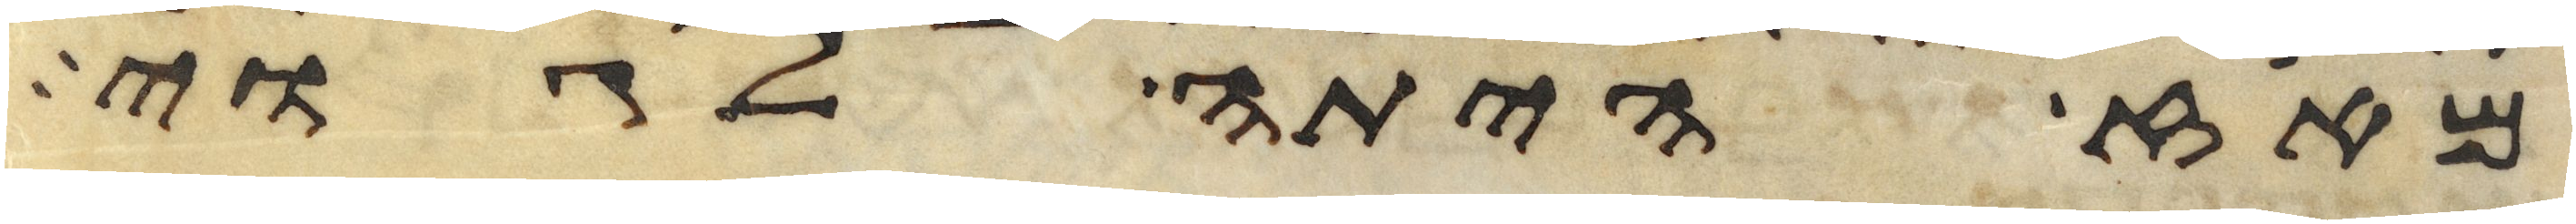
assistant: מאז היתה לגוי